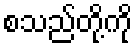
စသည်တို့ကို